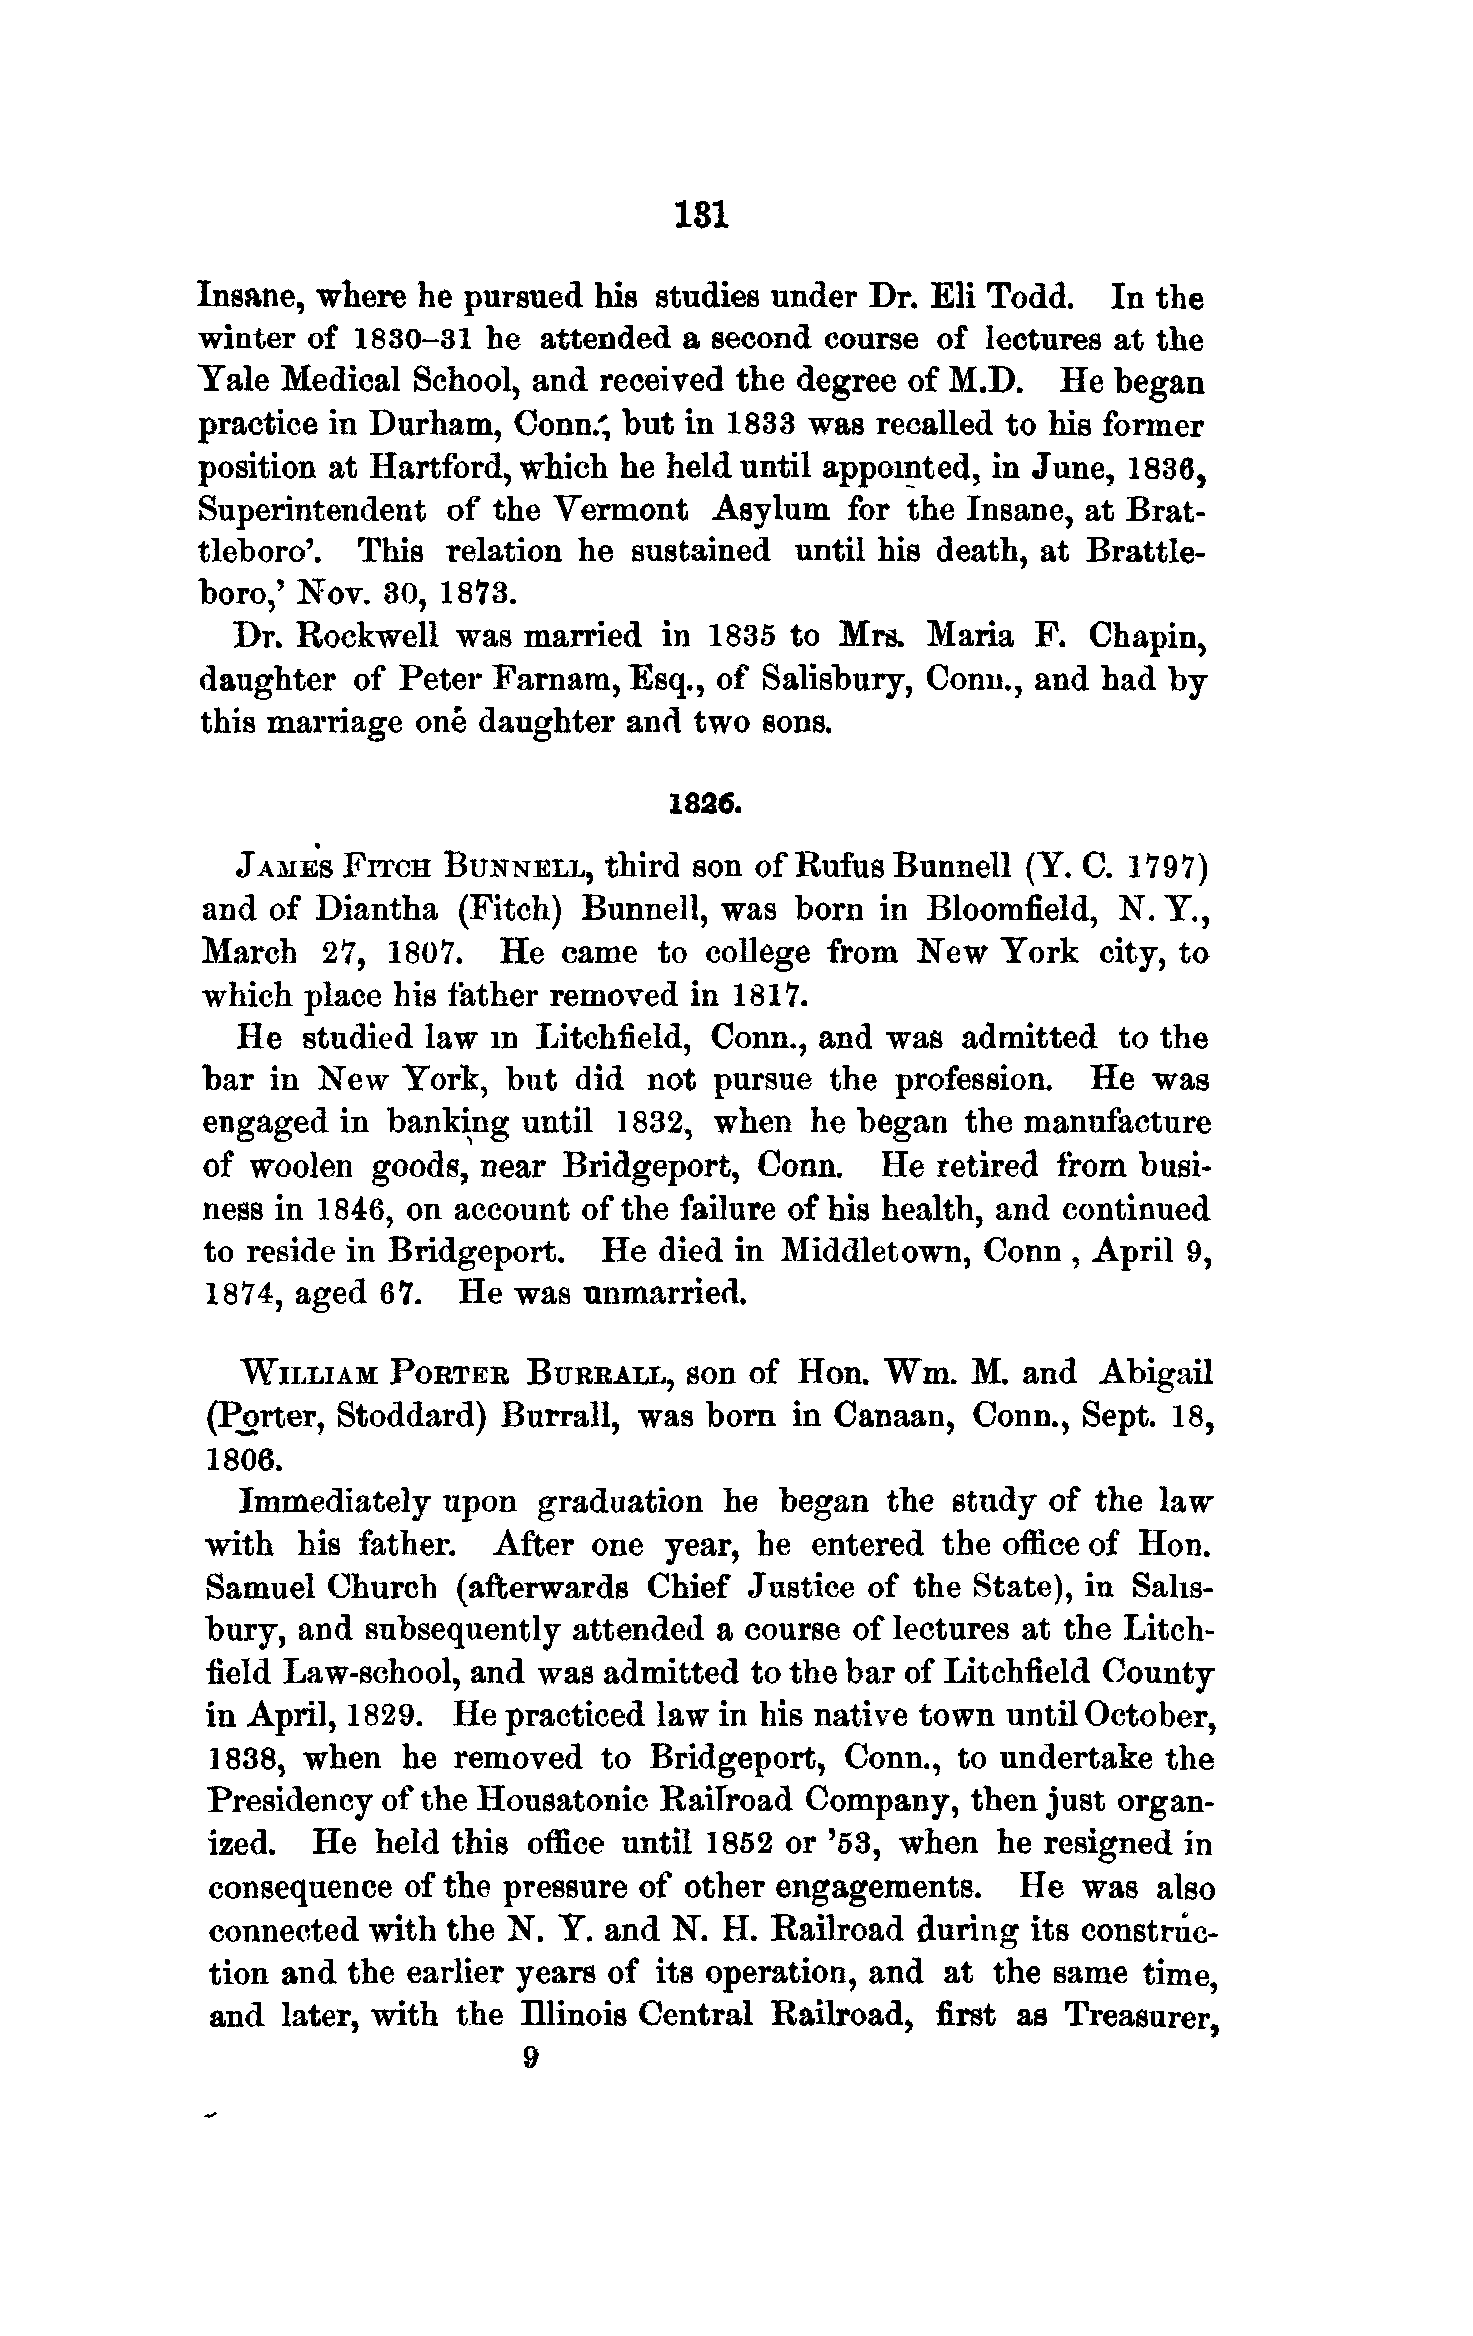
181
 Insane, where  he pursued his studies under Dr.  Eli Todd.  In the
 winter of  1830-31 he  attended a second  course of  lectures at the
 Tale Medical  School, and  received the degree of M.D.   He  began
 practice in Durham,  Conn/, but in 1833 was  recalled to his former
 position at Hartford, which he held until appointed, in June, 1836,
 Superintendent   of the Vermont   Asylum   for the Insane, at Brat-
 tleboro'.  This relation he  sustained  until his death, at Brattle-
 boro,' Nov. 30, 1873.
 Dr.  Rockwell  was  married  in 1835 to  Mrs. Maria   F. Chapin,
 daughter  of Peter  Farnam, Esq., of Salisbury, Conn.,  and had by
 this marriage one  daughter and  two sons.
 1826.
 JAMES  FITCH BUNNELL,   third son of Rufus Bunnell  (Y. C. 179'?)
 and  of Diantha  (Fitch)  Bunnell, was  born in  Bloorafield, N. Y.,
 March   27,  1807.  He  came   to college from  New  York   city, to
 which  place his father removed  in 1817.
 He  studied law in  Litchfield, Conn., and was  admitted  to the
 bar  in New   York, but  did  not pursue  the profession.  He  was
 engaged   in banking  until 1832, when   he began  the manufacture
 of  woolen  goods, near Bridgeport,  Conn.    He retired from  busi-
 ness in 1846, on account  of the failure of his health, and continued
 to reside in Bridgeport.   He  died in Middletown,  Conn  , April 9,
 1874, aged 67.  He  was  unmarried.
 WILLIAM   PORTER   BURRALL,  son  of Hon.  Wm.  M.  and  Abigail
 (Porter, Stoddard) Burrall, was  born in Canaan,  Conn.,  Sept. 18,
 1806.
 Immediately  upon   graduation  he began   the study of the  law
 with  his father.  After one  year, be  entered the office of Hon.
 Samuel  Church  (afterwards  Chief  Justice of the State), in Salis-
 bury, and subsequently  attended a course of lectures at the Litch-
 field Law-school, and was admitted  to the bar of Litchfield County
 in April, 1829. He practiced law  in his native town until October,
 1838, when   he removed   to Bridgeport,  Conn., to undertake  the
 Presidency of the Housatonic  Railroad Company,   then just organ-
 ized.  He  held this office until 1852 or '53, when he resigned  in
 consequence  of the pressure of other engagements.    He  was  also
 connected with  the N. Y. and N.  H. Railroad during  its construc-
 tion and the earlier years of its operation, and at the same time,
 and  later, with the Illinois Central Railroad, first as Treasurer,
 9